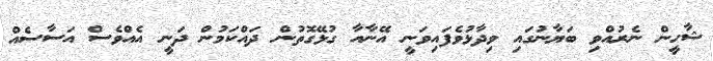
ޝާހީން ނެރުއްވި ބަޔާނުގައި ވިދާޅުވެފައިވަނީ އޭނާއާ ގުޅޭގޮތުން ދައްކަމުން ދަނީ އެއްވެސް އަސާސެއް